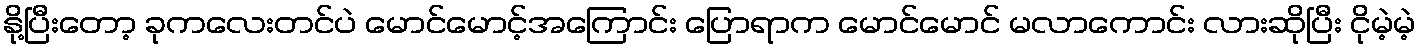
နို့ပြီးတော့ ခုကလေးတင်ပဲ မောင်မောင့်အကြောင်း ပြောရာက မောင်မောင် မလာကောင်း လားဆိုပြီး ငိုမဲ့မဲ့